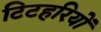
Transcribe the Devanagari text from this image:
टिटहरियों